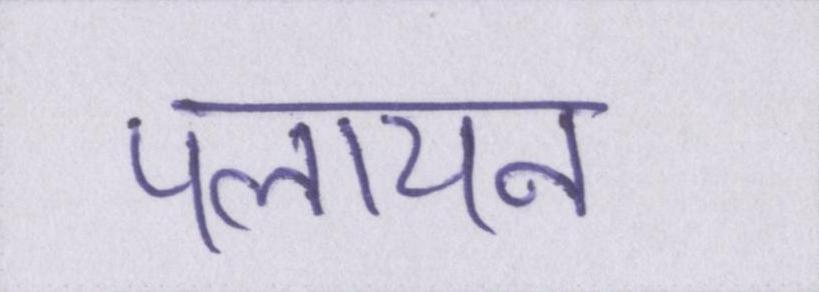
पलायन